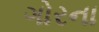
ગોરના